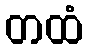
တထံ